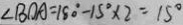
\angle B O A = 1 8 0 ^ { \circ } - 1 5 ^ { \circ } \times 2 = 1 5 ^ { \circ }